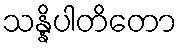
သန္နိပါတိတော